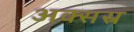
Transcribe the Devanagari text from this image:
अक्सस्र